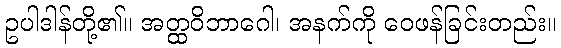
ဥပါဒါန်တို့၏။ အတ္ထဝိဘာဂေါ၊ အနက်ကို ဝေဖန်ခြင်းတည်း။